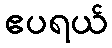
ဧပရယ်